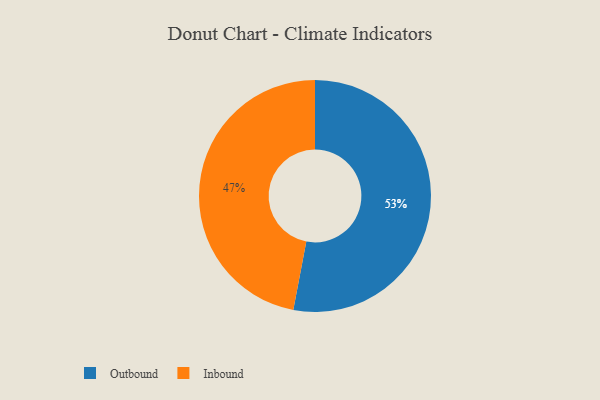
{"axis": {"x": "Category", "y": "Percentage"}, "legend": ["Inbound", "Outbound"], "data": [{"x": "Inbound", "y": 47, "type": "Inbound"}, {"x": "Outbound", "y": 53, "type": "Outbound"}]}